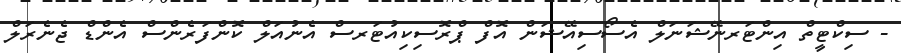
- ސިކްޓީތް އިންޓަރނޭޝަނަލް އެސޯސިއޭޝަން އޮފް ޕްރޮސިކިއުޓަރސް އެނުއަލް ކޮންފަރެންސް އެންޑް ޖެނެރަލް